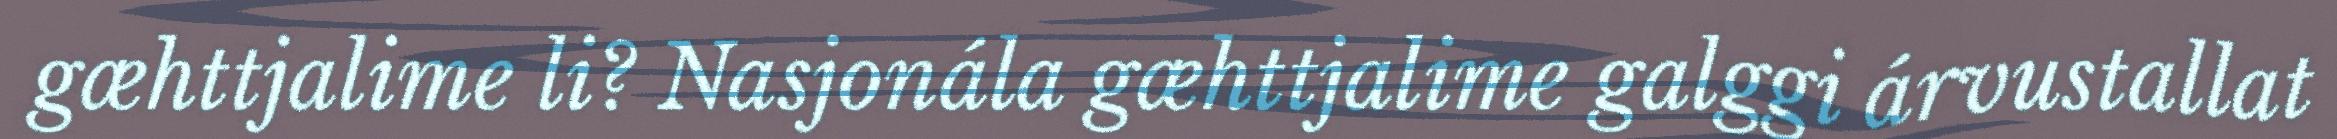
gæhttjalime li? Nasjonála gæhttjalime galggi árvustallat